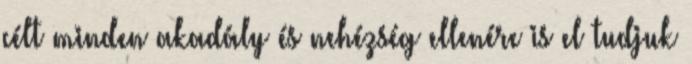
célt minden akadály és nehézség ellenére is el tudjuk